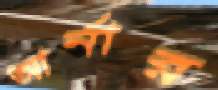
আর্নার